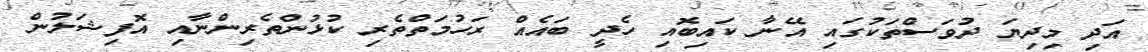
އަދި މިދިޔަ ދުވަސްތަކުގައި އޭނާ ކައިބޮއި ހެދީ ބައެއް ރަހުމަތްތެރި ކުޅުންތެރިންނާއި އޮފިޝަލުން